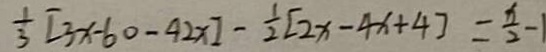
\frac { 1 } { 3 } [ 3 x - 6 0 - 4 2 x ] - \frac { 1 } { 2 } [ 2 x - 4 x + 4 ] = \frac { x } { 2 } - 1